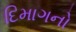
દિમાગનો